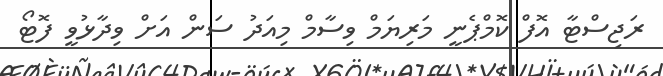
ރަޖިސްޓާ އޮފް ކޮމްޕެނީ މަރިޔަމް ވިސާމް މިއަދު ސަން އަށް ވިދާޅުވީ ފޮޓޯ